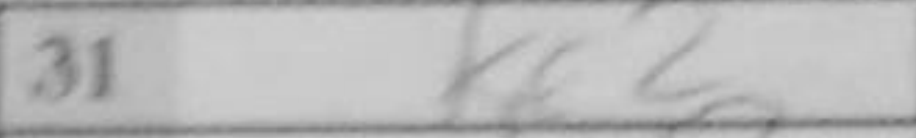
Transcription: Ke2